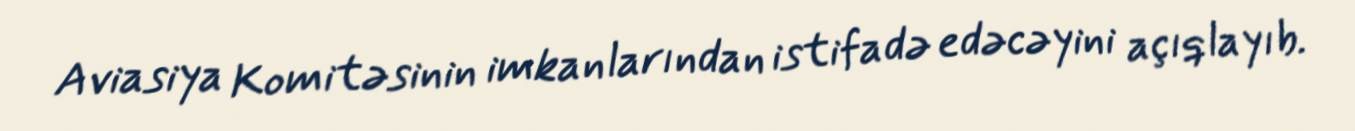
Aviasiya Komitəsinin imkanlarından istifadə edəcəyini açıqlayıb.